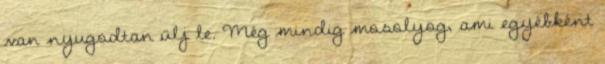
van nyugodtan ülj le. Még mindig mosolyog, ami egyébként